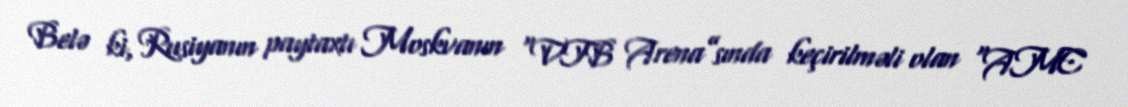
Belə ki, Rusiyanın paytaxtı Moskvanın “VTB Arena”sında keçirilməli olan “AMC